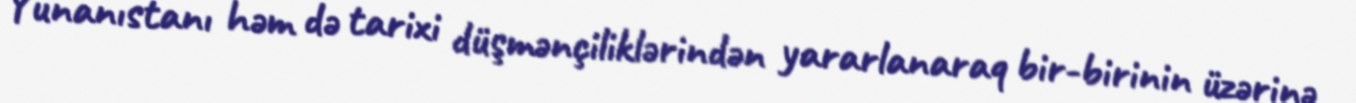
Yunanıstanı həm də tarixi düşmənçiliklərindən yararlanaraq bir-birinin üzərinə